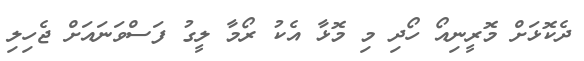
ދެކޮޅަށް މޮރީނިއޯ ހޯދި މި މޮޅާ އެކު ރޯމާ ލީގު ފަސްވަނައަށް ޖެހިލި